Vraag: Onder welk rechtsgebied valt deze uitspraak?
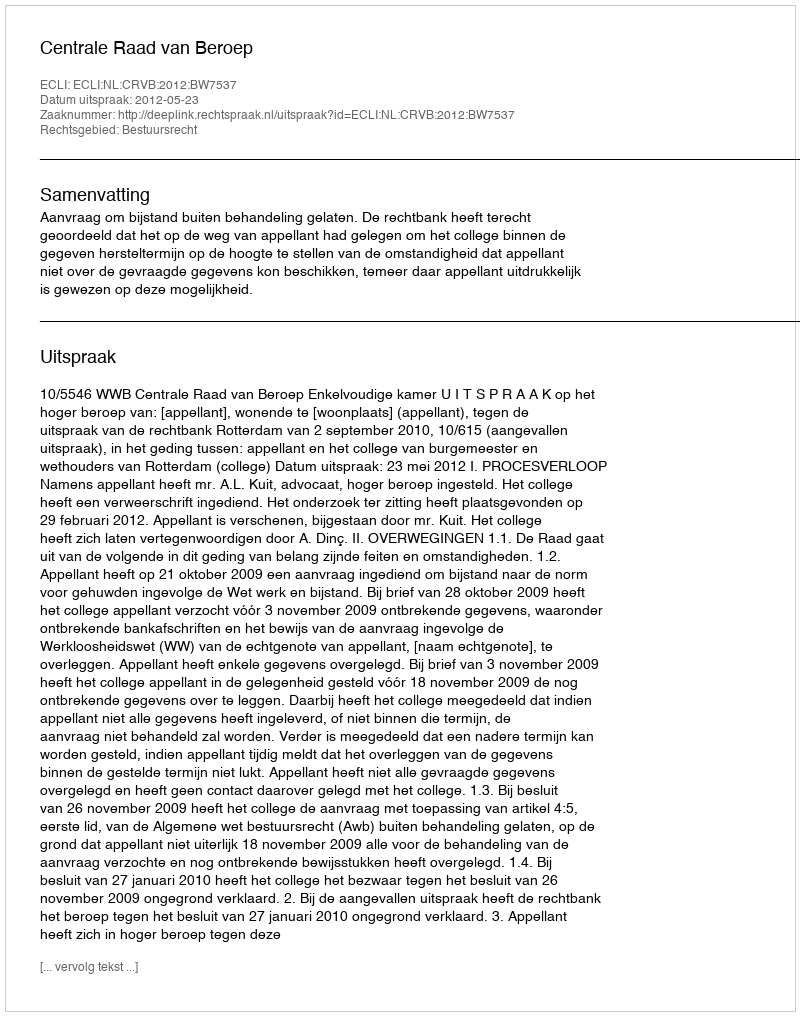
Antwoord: Bestuursrecht